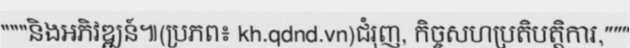
"""និងអភិវឌ្ឍន៍៕(ប្រភព៖ kh.qdnd.vn)ជំរុញ, កិច្ចសហប្រតិបត្តិការ,"""